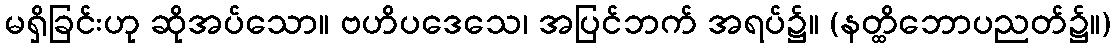
မရှိခြင်းဟု ဆိုအပ်သော။ ဗဟိပဒေသေ၊ အပြင်ဘက် အရပ်၌။ (နတ္ထိဘောပညတ်၌။)